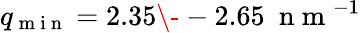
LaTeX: q_{\mathrm{~m~i~n~}}=2.35\- -2.65\ \mathrm{~n~m~}^{-1}